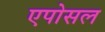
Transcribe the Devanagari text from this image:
एपोसल